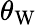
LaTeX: \theta_{\mathrm{{W}}}